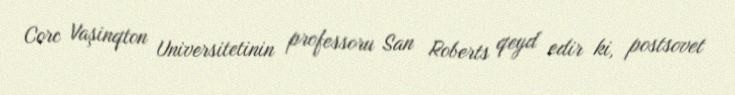
Corc Vaşinqton Universitetinin professoru San Roberts qeyd edir ki, postsovet